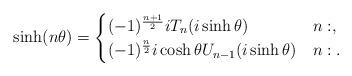
LaTeX: \begin{align*}\sinh(n \theta) &= \begin{cases}(-1)^{\frac{n+1}{2}} i T_n(i \sinh \theta) & n: ,\\(-1)^{\frac{n}{2}} i \cosh \theta U_{n-1}(i \sinh \theta) & n: .\end{cases}\end{align*}